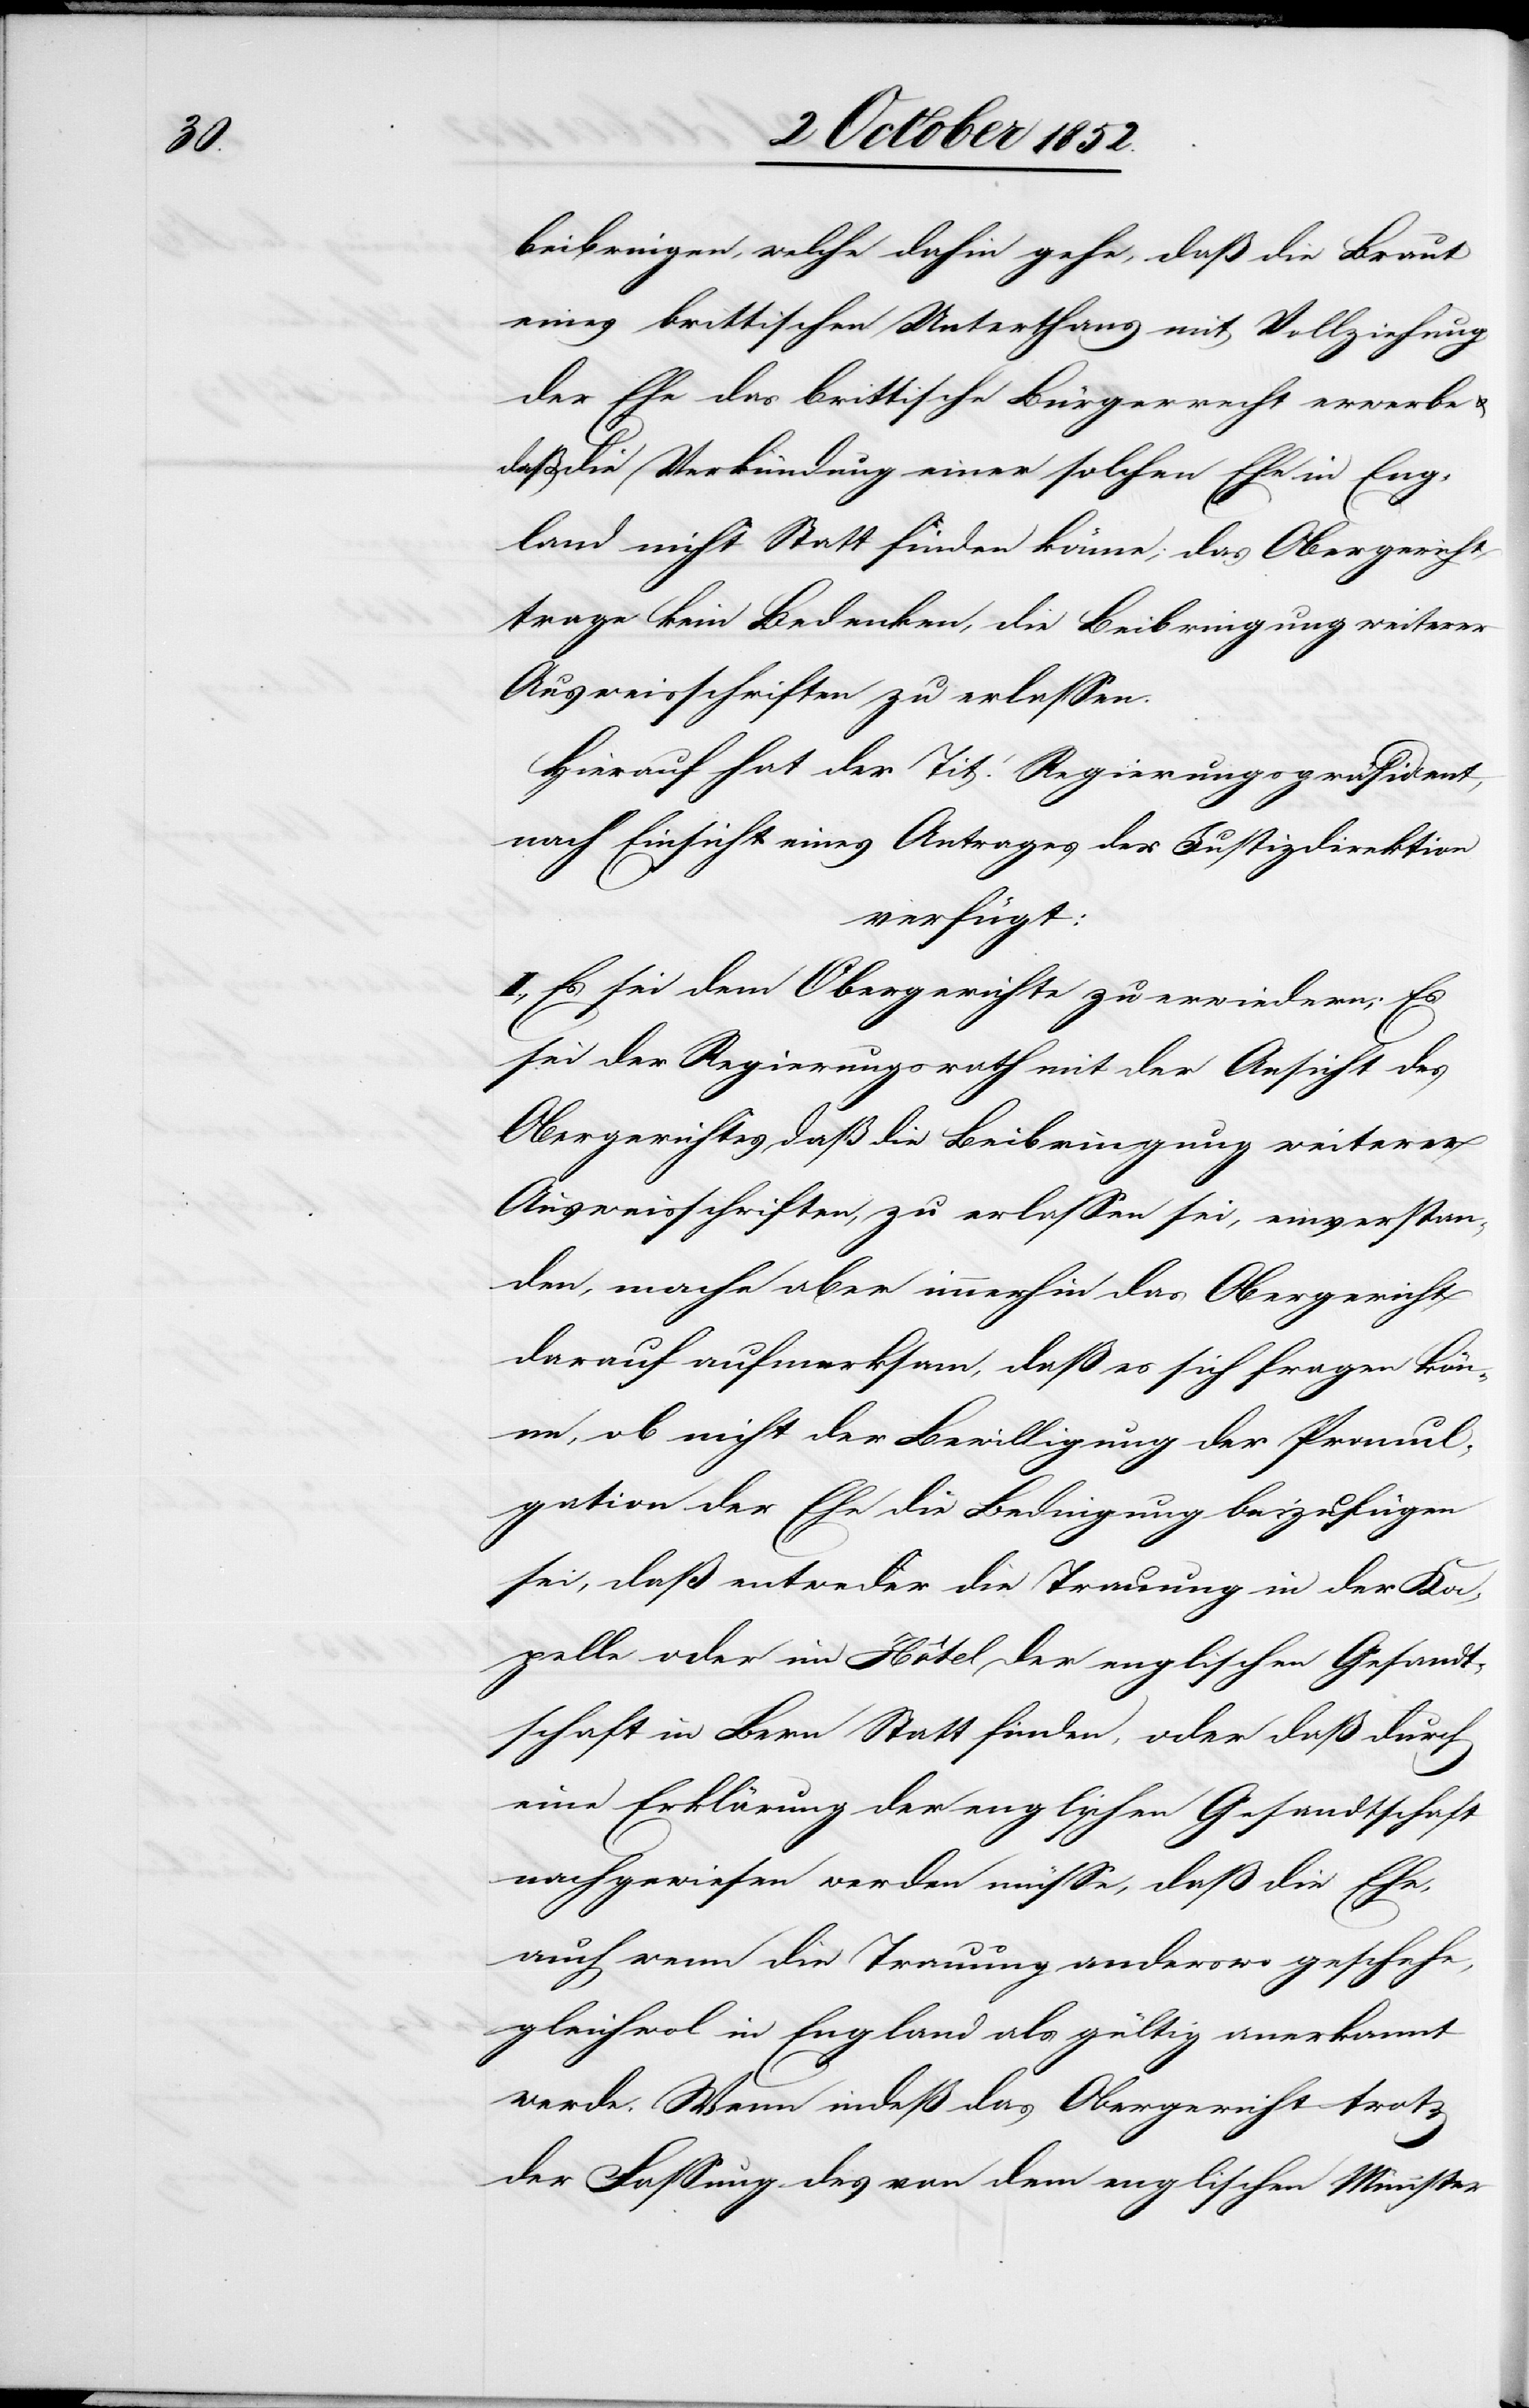
beibringen, welche dahin gehe, daß die Braut
eines brittischen Unterthans mit Vollziehung
der Ehe das brittische Bürgerrecht erwerbe
daß die Verkündung einer solchen Ehe in Eng¬
land nicht Statt finden könne; das Obergericht
trage kein Bedenken, die Beibringung weiterer
Ausweisschriften zu erlassen.
Hierauf hat der Tit. Regierungspräsident,
nach Einsicht eines Antrages der Justizdirektion
verfügt:
I., Es sei dem Obergerichte zu erwiedern; Es
sei der Regierungsrath mit der Ansicht des
Obergerichtes daß die Beibringung weiterer
Ausweisschriften, zu erlassen sei, einverstan¬
den, mache aber immerhin das Obergericht
darauf aufmerksam, daß es sich fragen kön¬
ne, ob nicht der Bewilligung der Promul¬
gation der Ehe die Bedingung beizufügen
sei, daß entweder die Trauung in der Ka¬
pelle oder im Hôtel der englischen Gesandt¬
schaft in Bern Statt finden, oder daß durch
eine Erklärung der englischen Gesandtschaft
nachgewiesen werden müsse, daß die Ehe,
auch wenn die Trauung anderswo geschehe,
gleichwol in England als gültig anerkannt
werde. Wenn indeß das Obergericht trotz
der Fassung des von dem englischen Minister